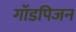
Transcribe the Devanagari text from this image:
गॉडपिजन